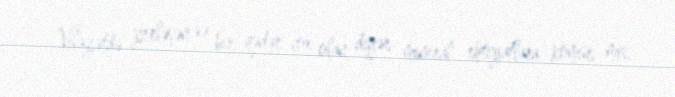
Vilayətdə yerləşən və bir qədər çox olan digər mineral ehtiyatlara kömür, mis,